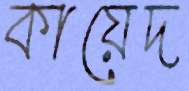
কায়েদ